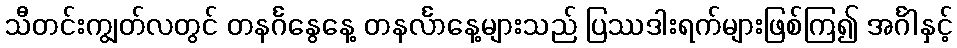
သီတင်းကျွတ်လတွင် တနင်္ဂနွေနေ့ တနင်္လာနေ့များသည် ပြဿဒါးရက်များဖြစ်ကြ၍ အင်္ဂါနှင့်